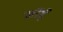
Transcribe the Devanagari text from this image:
लॉर्ड्